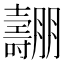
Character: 𡕑